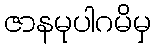
ဇာနမုပါဂမိမှ